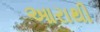
આરાથી